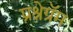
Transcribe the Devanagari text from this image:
प्रश्नेग्रॅम